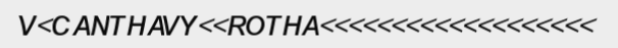
V<CANTHAVY<<ROTHA<<<<<<<<<<<<<<<<<<<